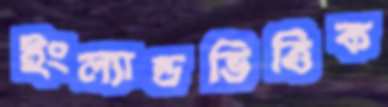
ইংল্যান্ডভিত্তিক